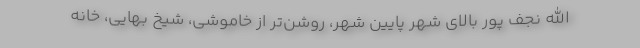
الله نجف پور بالای شهر پایین شهر، روشن‌تر از خاموشی، شیخ بهایی، خانه